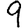
Digit: 9